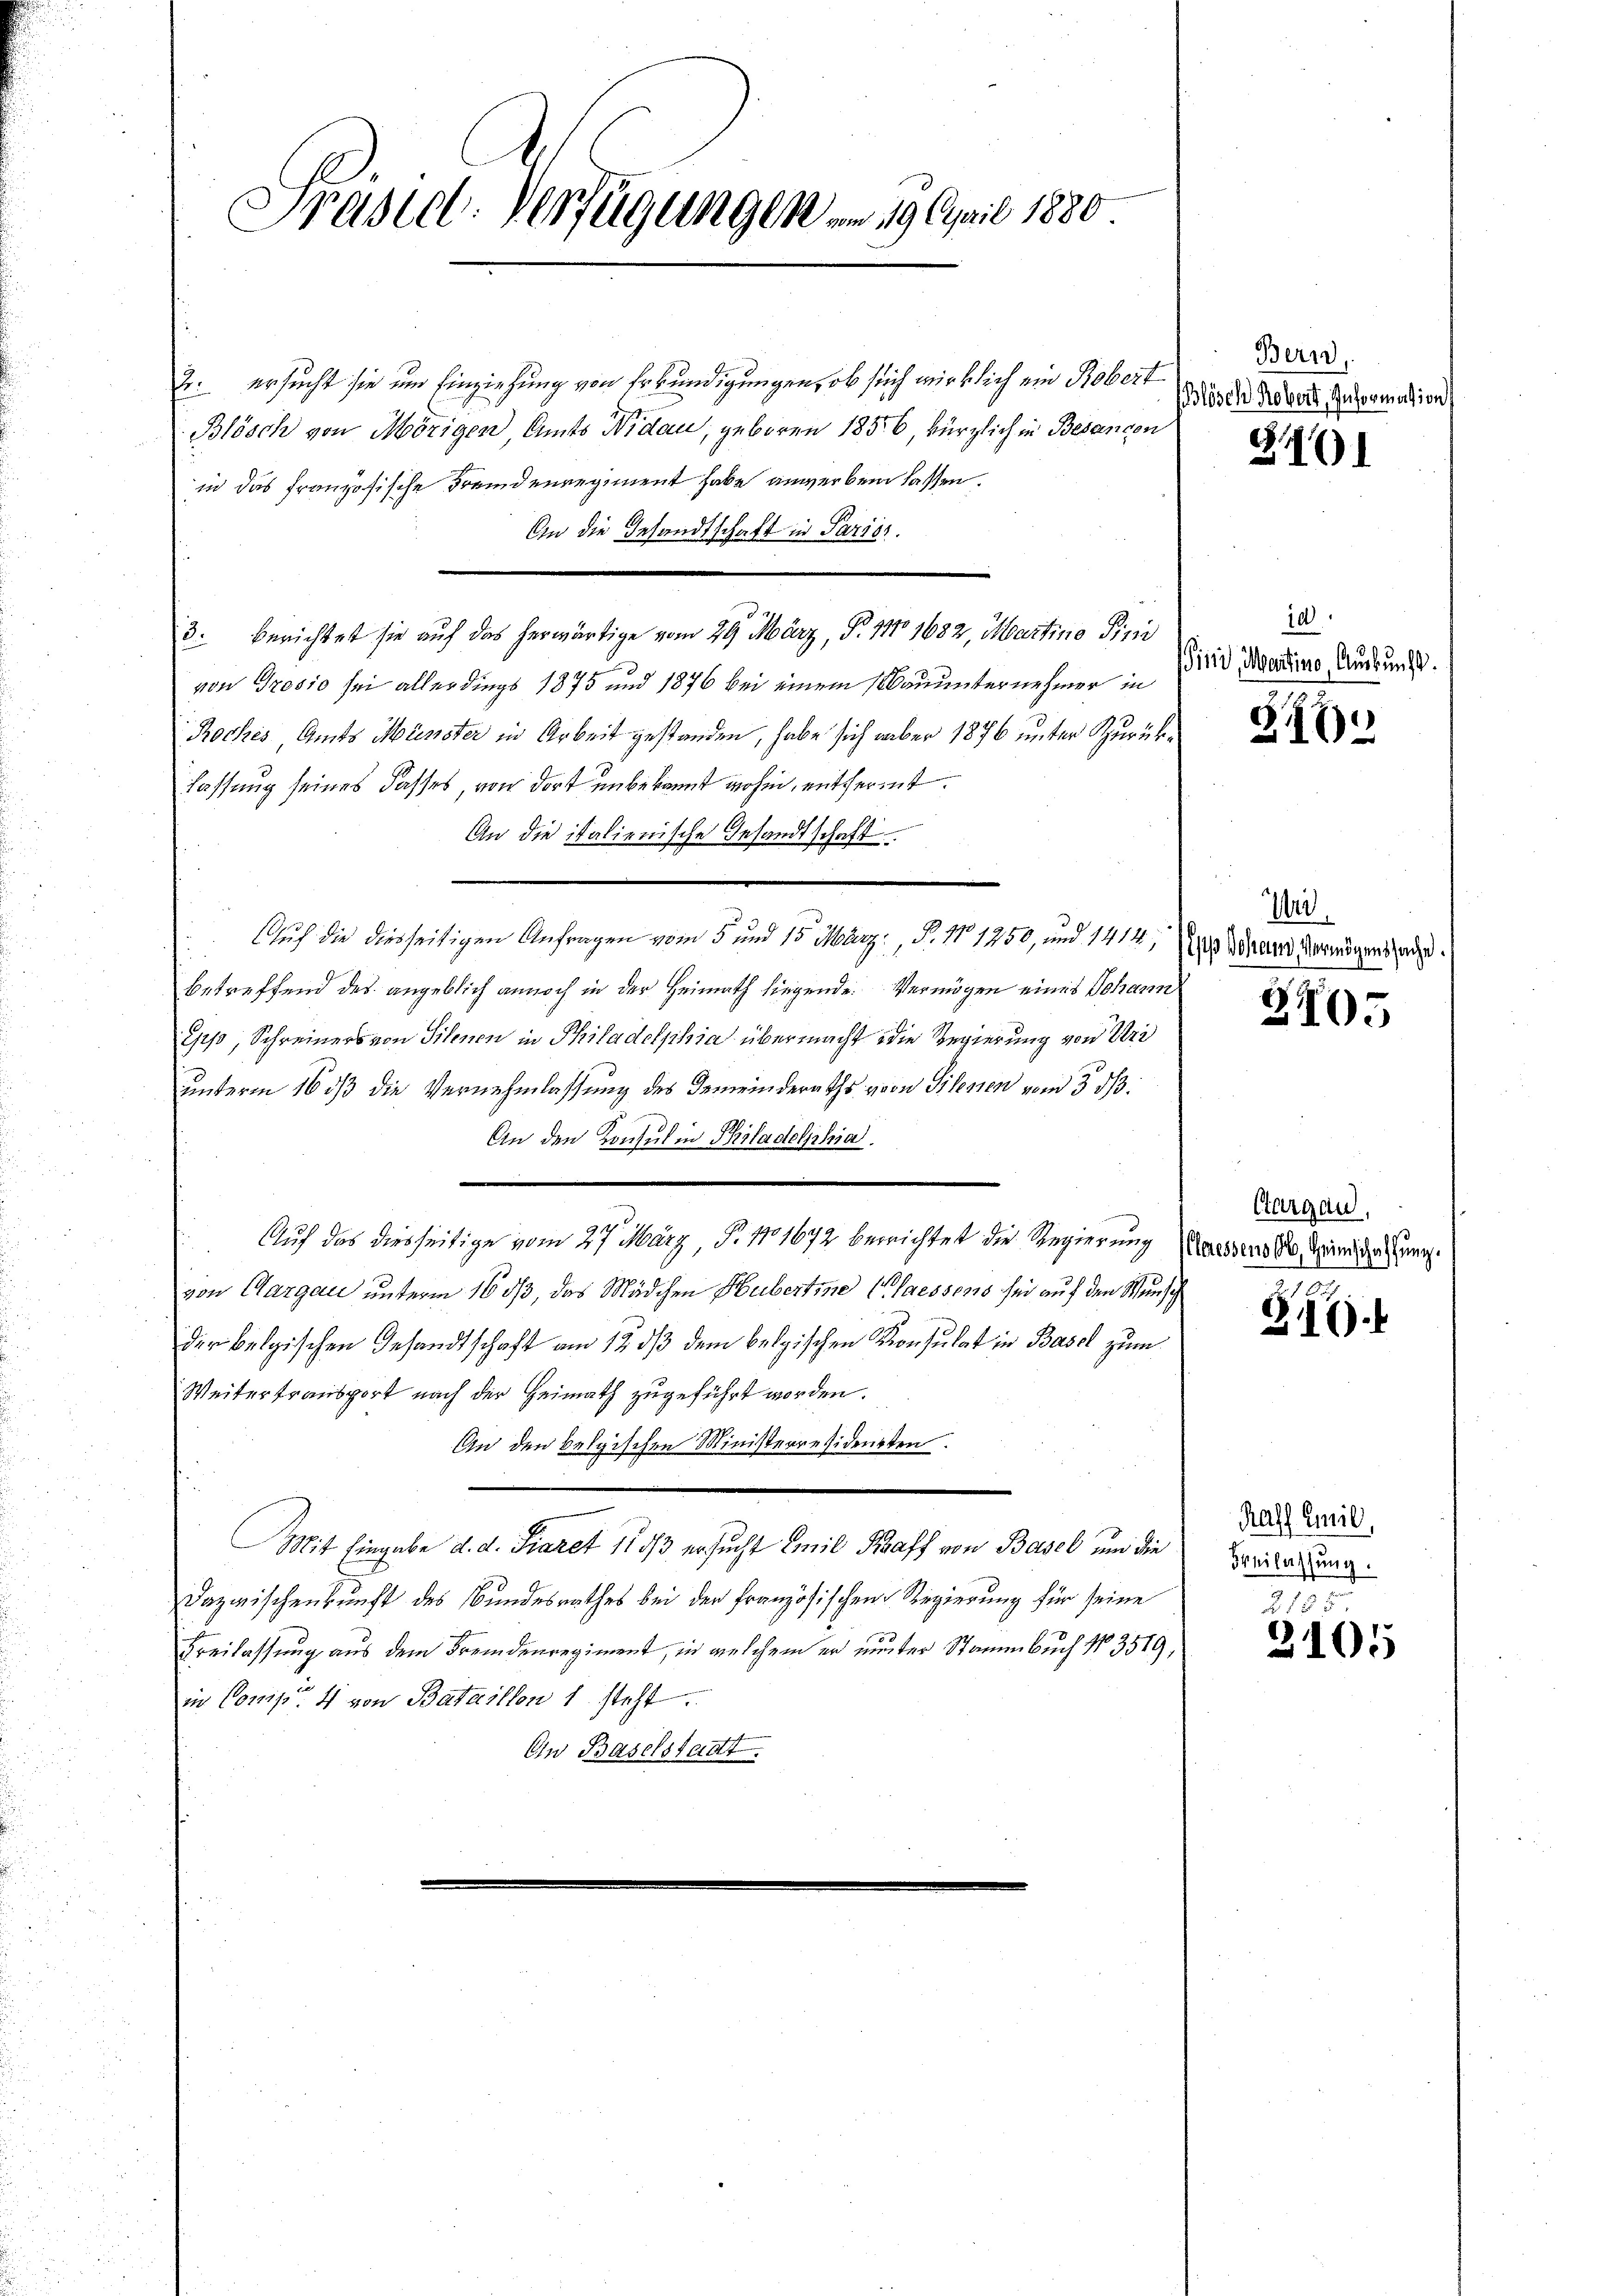
Präsidl-Verfügungen . . 19. April 1880

2. ersucht sie um Einziehung von Erkundigungen, ob sich wirklich ein Robert
Blösch von Mörigen Amts Nidau, geboren 1856 kürzlich in Besancen
in das französische Fremdenregiment habe anwerben lassen.
An die Gesandtschaft in Pariss.
von Gross sei allerdings 1875 und 1876 bei einem Bauunternehmer in
Rockes Amts Münster in Arbeit gestanden, habe sich aber 1876 unter Zurücklassung seines dasses von dort unbekannt wohin, entfernt.
An die italienische Gesandtschaft
Auf die diesseitigen Anfragen vom 5 und 15 März. B. No 1250, und 1414,
betreffend des angeblich annoch in der Heimath liegende Vermögen eines Johann
Epp, Schreiners von Silenen in Philadelphia übermacht die Regierung von Kr
unterm 16 dß die Vernehmlassung des Gemeinderaths von Pilenen vom 3. ds.
An den Konsul in Philadelphia
Auf das diesseitige vom 27. März P. 11672 berichtet die Regierung
von Aargau unterm 16 ds, das Mädchen Hubertine Claessens sei auf den Wunsch
der belgischen Gesandtschaft am 12 dß dem belgischen Konsulat in Basel zum
Weitertransport nach der Heimath zugeführt worden.
An den belgischen Ministerresidenten.
Mit Eingabe d. d. Fiaret 113/3 ersucht Emil Kraff von Basel und die
Dazwischenkunft des Bundesrathes bei der Französischen Regierung für seine
Freilassung aus dem Fremdenregiment, in welchem er unter Stammbuch No 3519.
in Comp. 4 von Bataillon 1 steht.
Ein Baselstadt.

3. Berichtet sie auf das herwärtige vom 29. März, P. 111. 1682 Martine Firi

Bern,
Blösch Robert, Informalig

3101

10
Pisid, Martino, Auskunft.

Z.17)

Uri.
I/s Johand Vermögenssache.

3705

Ctargau,
leressens ob, Heimschaffung.

Z.16).

Raff Emil
Beilassung.

215
2105